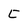
Character: C